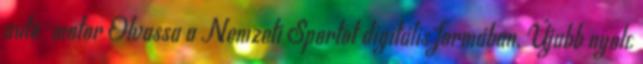
autó-motor Olvassa a Nemzeti Sportot digitális formában. Újabb nyolc